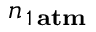
n _ { \, 1 \, \bf { a t m } }